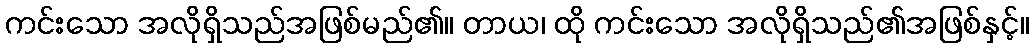
ကင်းသော အလိုရှိသည်အဖြစ်မည်၏။ တာယ၊ ထို ကင်းသော အလိုရှိသည်၏အဖြစ်နှင့်။